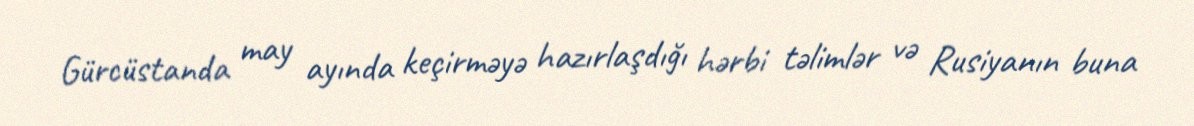
Gürcüstanda may ayında keçirməyə hazırlaşdığı hərbi təlimlər və Rusiyanın buna